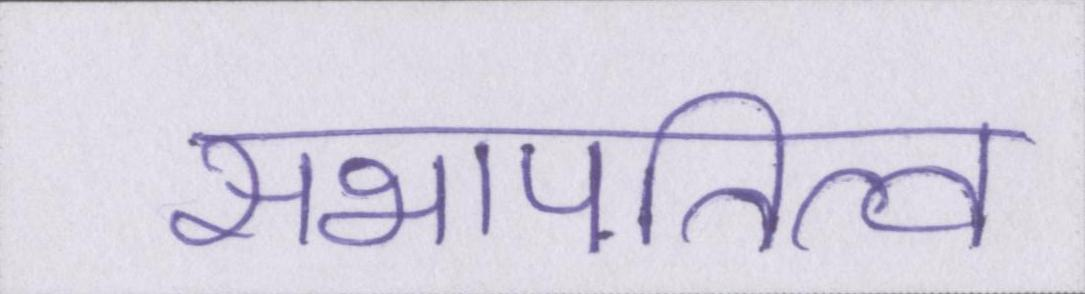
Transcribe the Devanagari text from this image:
सभापतित्व